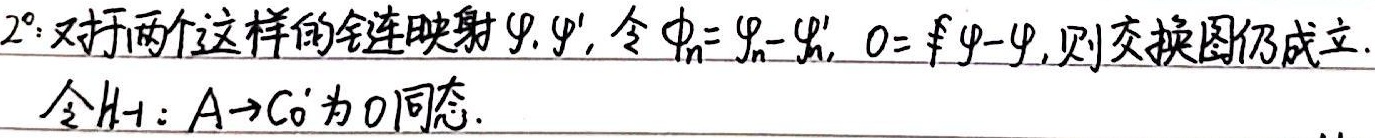
$2^{\circ}$：对于两个这样的链映射$\varphi,\varphi'$，令$\phi_n=\varphi_n - \varphi_n'$，$0 = \varphi-\varphi'$，则交换图仍成立。

令$H_{ - 1}:A\rightarrow C_0'$为$0$同态。